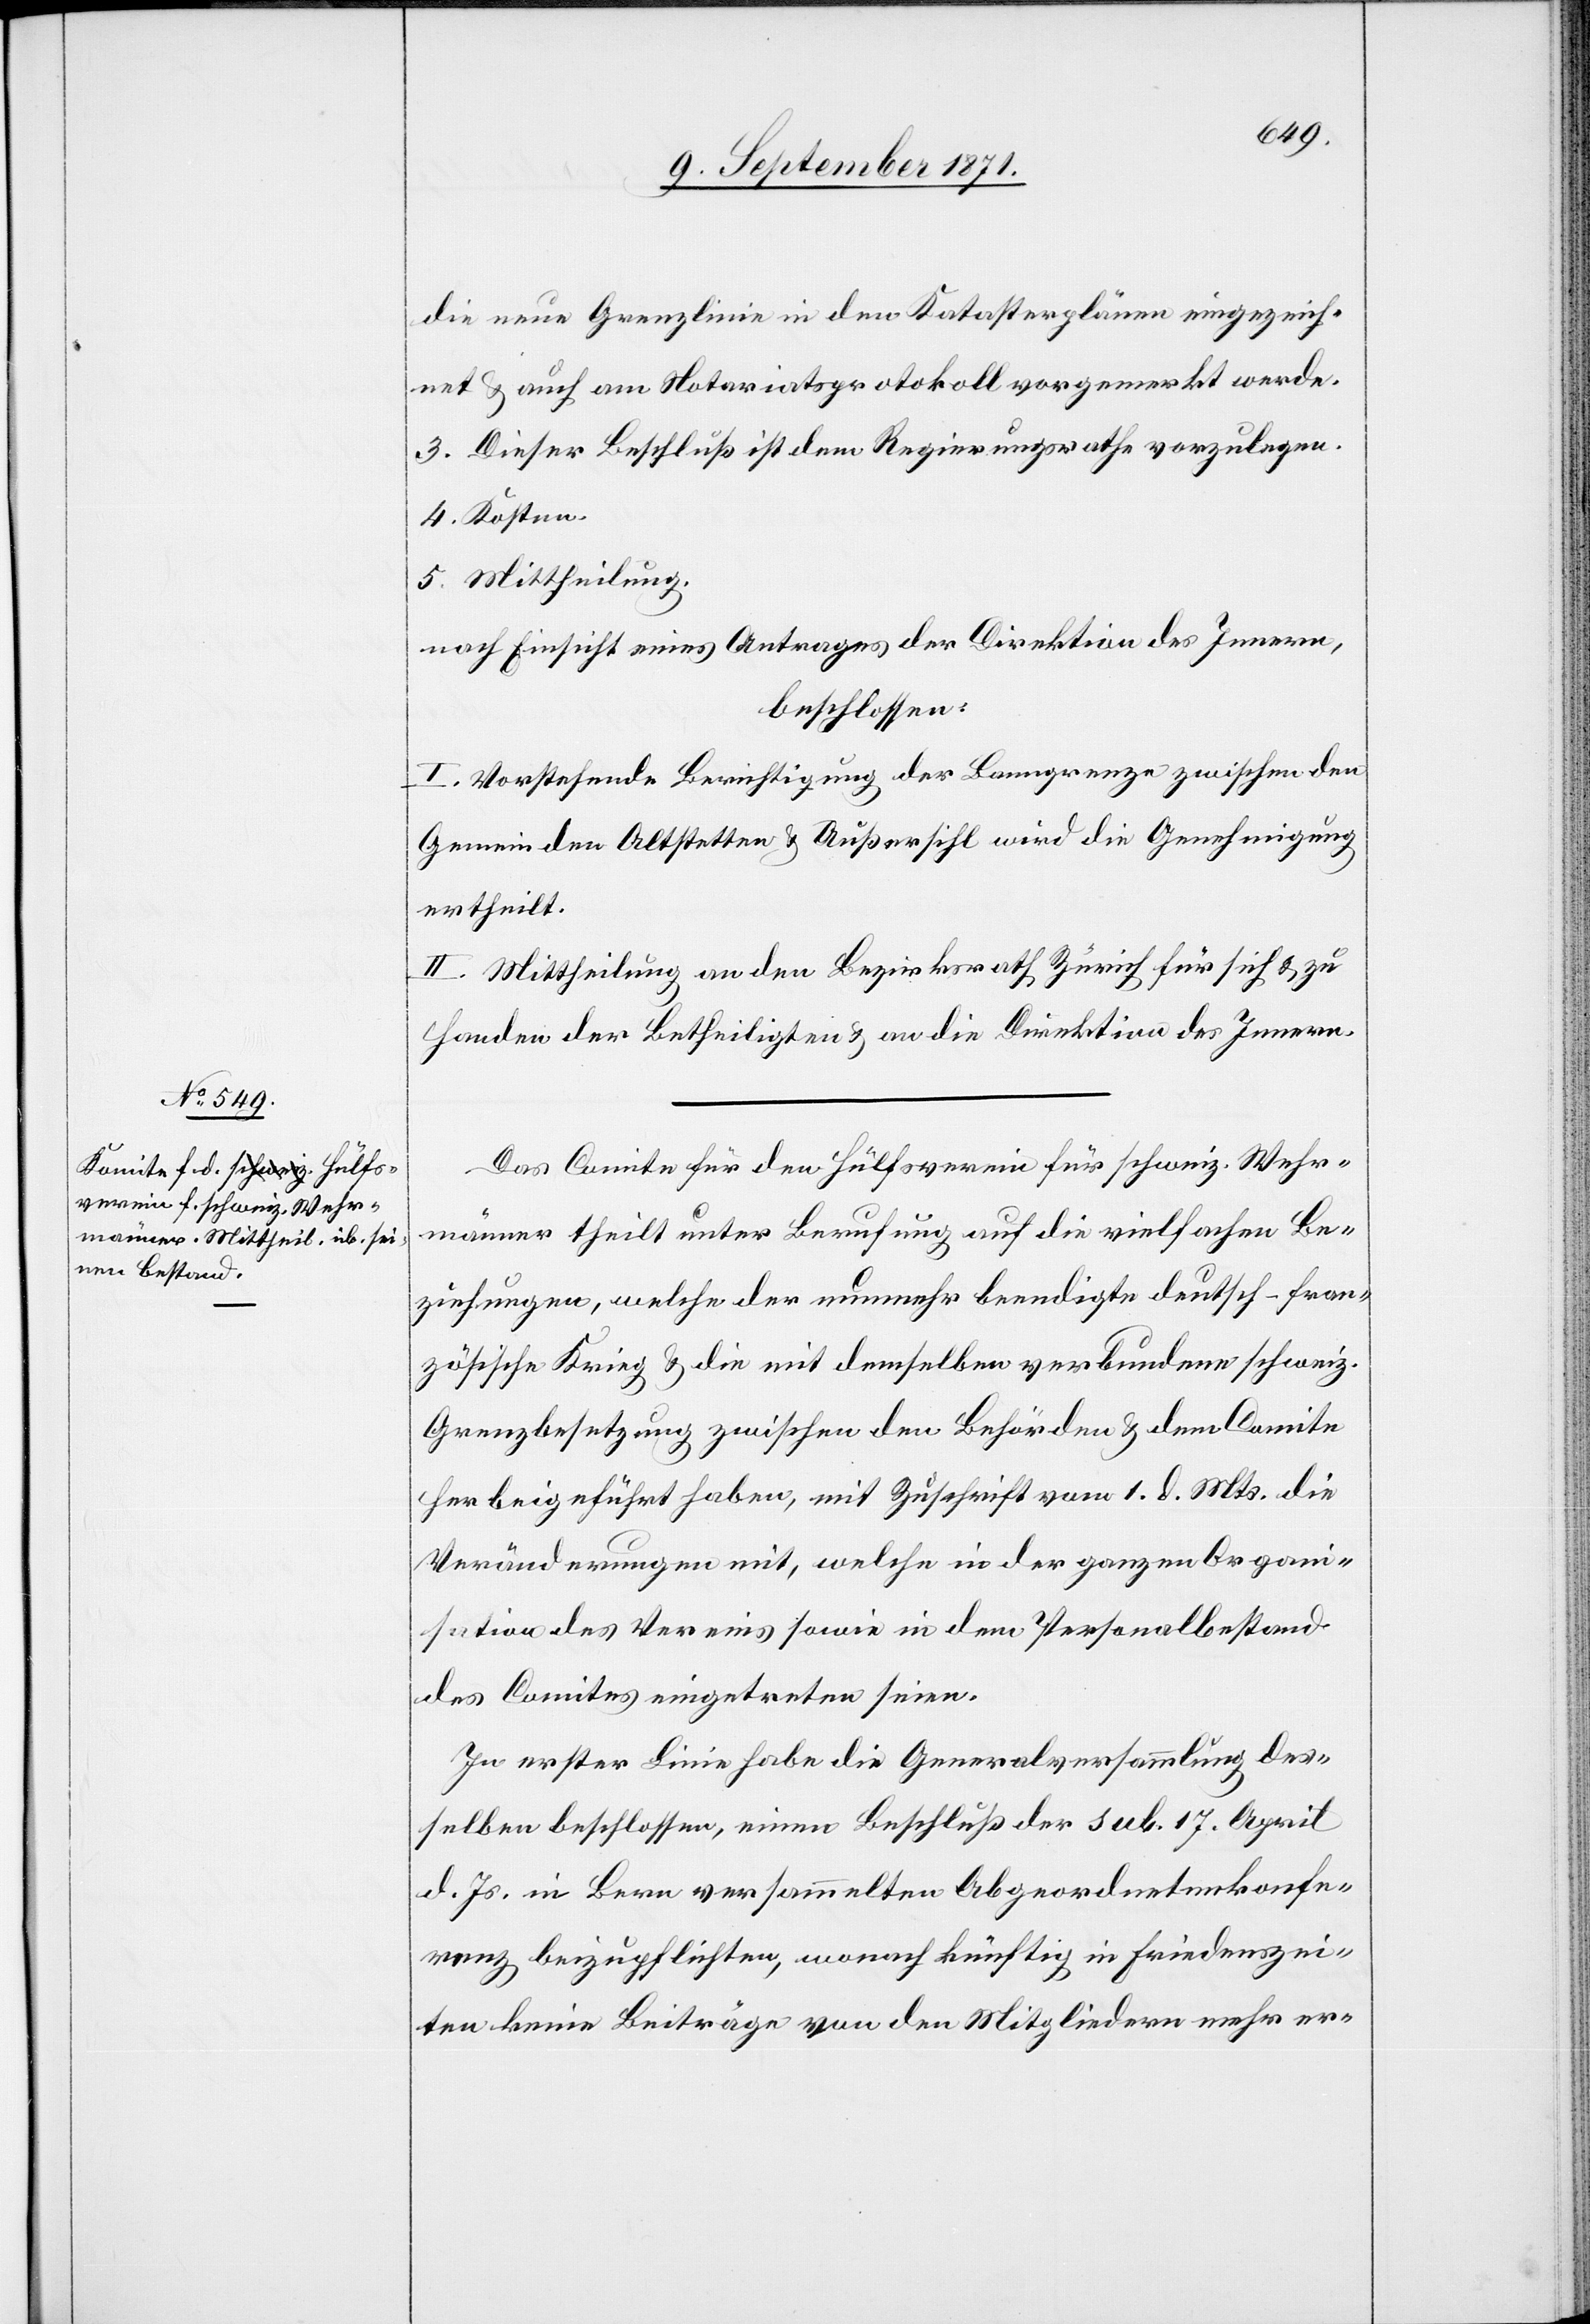
die neue Grenzlinie in den Katasterplänen eingezeich¬
net & auch am Notariatsprotokoll vorgemerkt werde.
3. Dieser Beschluß ist dem Regierungsrathe vorzulegen.
4. Kosten.
5. Mittheilung.
nach Einsicht eines Antrages der Direktion des Innern,
beschlossen:
I. Vorstehende[r] Berichtigung der Banngrenze zwischen den
Gemeinden Altstetten & Außersihl wird die Genehmigung
ertheilt.
II. Mittheilung an den Bezirksrath Zürich für sich & zu
Handen der Betheiligten & an die Direktion des Innern.
Das Comite für den Hülfsverein für schweiz. Wehr¬
männer theilt unter Berufung auf die vielfachen Be¬
ziehungen, welche der nunmehr beendigte deutsch-fran¬
zösische Krieg & die mit demselben verbundene schweiz.
Grenzbesetzung zwischen den Behörden & dem Comite
herbeigeführt haben, mit Zuschrift vom 1. d. Mts. die
Veränderungen mit, welche in der ganzen Organi¬
sation des Vereins sowie in dem Personalbestand
des Comites eingetreten seien.
In erster Linie habe die Generalversammlung des¬
selben beschlossen, einem Beschluß der sub. 17. April
d. Js. in Bern versammelten Abgeordnetenkonfe¬
renz beizupflichten, wonach künftig in Friedenszei¬
ten keine Beiträge von den Mitgliedern mehr er-